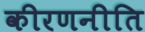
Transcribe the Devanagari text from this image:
कीरणनीति